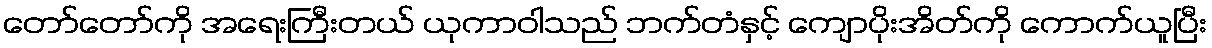
တော်တော်ကို အရေးကြီးတယ် ယုကာဝါသည် ဘက်တံနှင့် ကျောပိုးအိတ်ကို ကောက်ယူပြီး